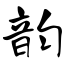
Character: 韵